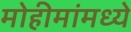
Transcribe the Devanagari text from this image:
मोहीमांमध्ये